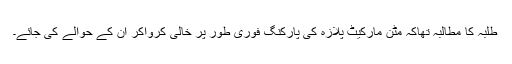
طلبہ کا مطالبہ تھاکہ مٹن مارکیٹ پلازہ کی پارکنگ فوری طور پر خالی کرواکر ان کے حوالے کی جائے۔